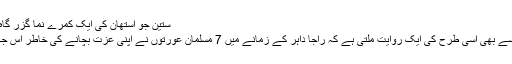
ستین جو آستھان کی ایک کمرے نما گزر گاہ میں کاشی کا کام—تصویر ابراہیم کنبھر
اسی طرح 7 مسلمان خواتین کے حوالے سے بھی اسی طرح کی ایک روایت ملتی ہے کہ راجا داہر کے زمانے میں 7 مسلمان عورتوں نے اپنی عزت بچانے کی خاطر اس جگہ پر خود کو دریا کے حوالے کردیا تھا۔